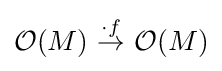
{\mathcal {O}}(M)\ {\stackrel {\cdot f}{\to }}\ {\mathcal {O}}(M)